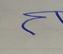
Signature authenticity: forged